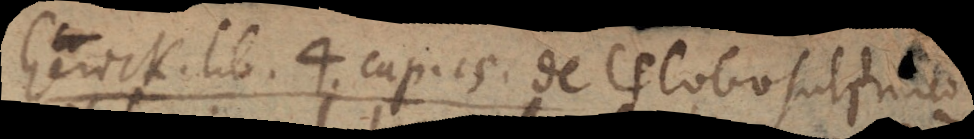
Gerick. lib. 4. cap. 15 De Globo sulphureo